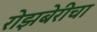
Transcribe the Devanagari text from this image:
रोझबेरीचा